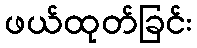
ဖယ်ထုတ်ခြင်း